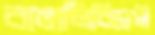
বাঙালিবিদ্বেষী